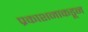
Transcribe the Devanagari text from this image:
प्रकाशनाकडून